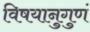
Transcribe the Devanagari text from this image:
विषयानुगुणं